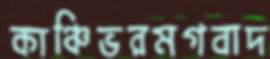
কাঞ্চিভরমগবাদ